Vaccination in Bombay 1902-1912 - 1902-1912
Year: 1902
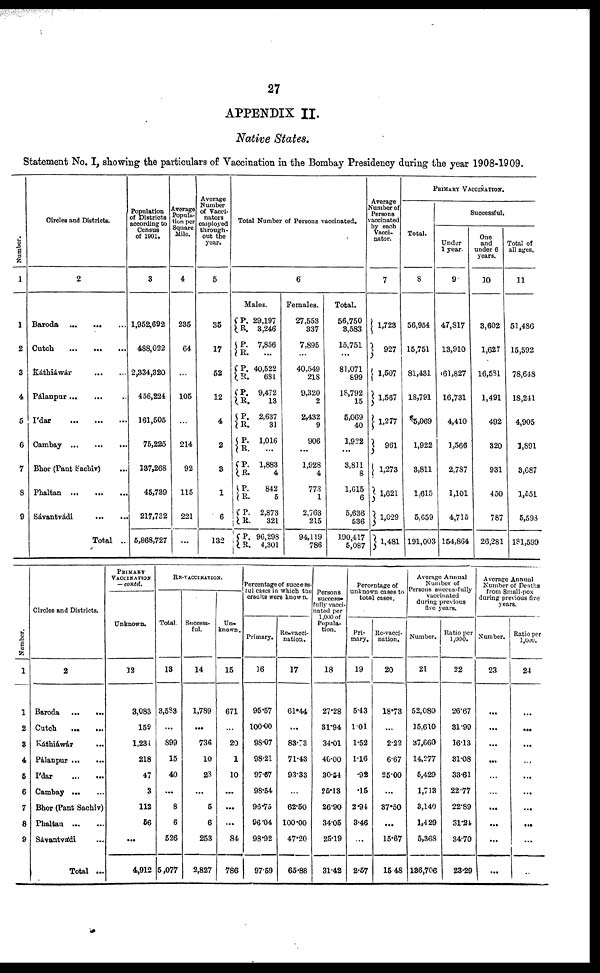
27
APPENDIX II.
Native States.
Statement No. I, showing the particulars of Vaccination in the Bombay Presidency during the year 1908-1909.
Number.
1
1
2
3
4
5
6
7
8
9
Circles and Districts.
2
Baroda
...
...
...
Cutch
...
...
...
Káthiáwár
...
...
Pálanpur ... ... ...
Ídar
...
...
...
Cambay
...
...
...
Bhor (Pant Sachiv) ...
Phaltan
...
...
...
Sávantvádi
...
...
Total ...
Population
of Districts
according to
Census
of 1901.
3
1,952,692
488,022
2,334,320
456,224
161,505
75,225
137,268
45,739
217,732
5,868,727
Average
Popula-
tion per
Square
Mile.
4
235
64
...
105
...
214
92
115
221
...
Average
Number
of Vacci-
nators
employed
through-
out the
year.
5
35
17
52
12
4
2
3
1
6
132
Total Number of Persons vaccinated.
6
Males.
P.
R.
P.
R.
P.
R.
P.
R.
P.
R.
P.
R.
P.
R.
P.
R.
P.
R.
P.
R.
29,197
3,246
7,856
...
40,522
681
9,472
13
2,637
31
1,016
...
1,883
4
842
5
2,873
321
96,298
4,301
Females.
27,553
337
7,895
...
40,549
218
9,320
2
2,432
9
906
...
1,928
4
773
1
2,763
215
94,119
786
Total.
56,750
3,583
15,751
...
81,071
899
18,792
15
5,069
40
1,922
...
3,811
8
1,615
6
5,636
536
190,417
5,087
Average
Number of
Persons
vaccinated
by each
Vacci-
nator.
7
1,723
927
1,507
1,567
1,277
961
1,273
1,621
1,029
1,481
PRIMARY VACCINATION.
Total.
8
56,954
15,751
81,431
18,791
5,069
1,922
3,811
1,615
5,659
191,003
Successful.
Under
1 year.
9
47,817
13,910
61,827
16,731
4,410
1,566
2,787
1,101
4,715
154,864
One
and
under 6
years.
10
3,602
1,627
16,581
1,491
492
320
931
450
787
26,281
Total of
all ages.
11
51,486
15,592
78,648
18,241
4,905
1,891
3,687
1,551
5,598
181,599
Number.
1
1
2
3
4
5
6
7
8
9
Circles and Districts.
2
Baroda
...
...
Catch
...
...
Káthiáwár ...
Pálanpur
...
...
Ídar
...
...
Cambay
...
...
Bhor (Pant Sachiv)
Phaltan
...
...
Sávantvádi ...
Total ...
PRIMARY
VACCINATION
— contd.
Unknown.
12
3,083
159
1,234
218
47
3
112
56
...
4,912
RE-VACCINATION.
Total.
13
3,583
...
899
15
40
...
8
6
526
5,077
Success-
ful.
14
1,789
...
736
10
23
...
5
6
253
2,827
Un-
known.
15
671
...
20
1
10
...
...
...
84
786
Percentage of success-
ful cases in which the
results were known.
Primary.
16
95.57
100.00
98.07
98.21
97.67
98.54
96.75
96.04
98.92
97.59
Re-vacci-
nation.
17
61.44
...
83.73
71.43
93.33
...
62.50
100.00
47.20
65.88
Persons
success-
fully vacci-
nated per
1,000 of
Popula-
tion.
18
27.28
31.94
34.01
40.00
30.54
25.13
26.90
34.05
25.19
31.42
Percentage of
unknown cases to
total cases.
Pri-
mary.
19
5.43
101
1.52
1.16
.92
.15
2.94
3.46
...
2.57
Re-vacci-
nation.
20
18.73
...
2.22
6.67
25.00
...
37.50
...
15.67
15.48
Average Annual
Number of
Persons successfully
vaccinated
during previous
five years.
Number.
21
52,080
15,610
37,660
14,277
5,429
1,713
3,140
1,429
5,368
186,706
Ratio per
1,000.
22
26.67
31.99
16.13
31.08
33.61
22.77
22.89
31.24
34.70
23.29
Average Annual
Number of Deaths
from Small-pox
during previous five
years.
Number.
23
...
...
...
...
...
...
...
...
...
...
Ratio per
1,000.
24
...
...
...
...
...
...
...
...
...
...